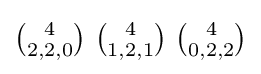
\textstyle {4 \choose 2,2,0}\ {4 \choose 1,2,1}\ {4 \choose 0,2,2}